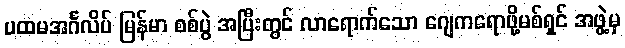
ပထမအင်္ဂလိပ် မြန်မာ စစ်ပွဲ အပြီးတွင် လာရောက်သော ဂျေကရောဖို့မစ်ရှင် အဖွဲ့မှ